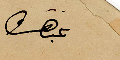
غبتهو